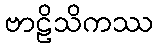
ဗာဠိသိကဿ